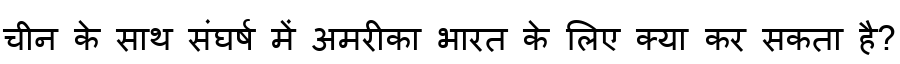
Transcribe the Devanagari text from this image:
चीन के साथ संघर्ष में अमरीका भारत के लिए क्या कर सकता है?